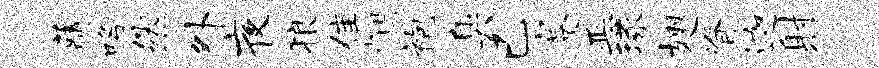
藏咯然外夜狼隹悃袍臭已蹇恶琢翅脊迦射